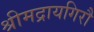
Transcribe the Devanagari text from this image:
श्रीमद्रायगिरौ